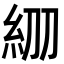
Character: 𥾞